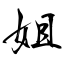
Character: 姐